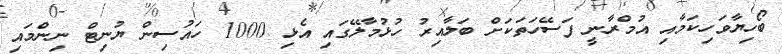
ބޯހިޔާވަހިކަމާއި އުމްރާނީ ފަސޭހަތަކަށް ބަލާއިރު ހުޅުމާލޭގައި އެޅި 1000 ހައުސިން ޔުނިޓް ނިންމައި